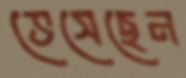
ভেসেছেন